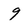
Character: 9